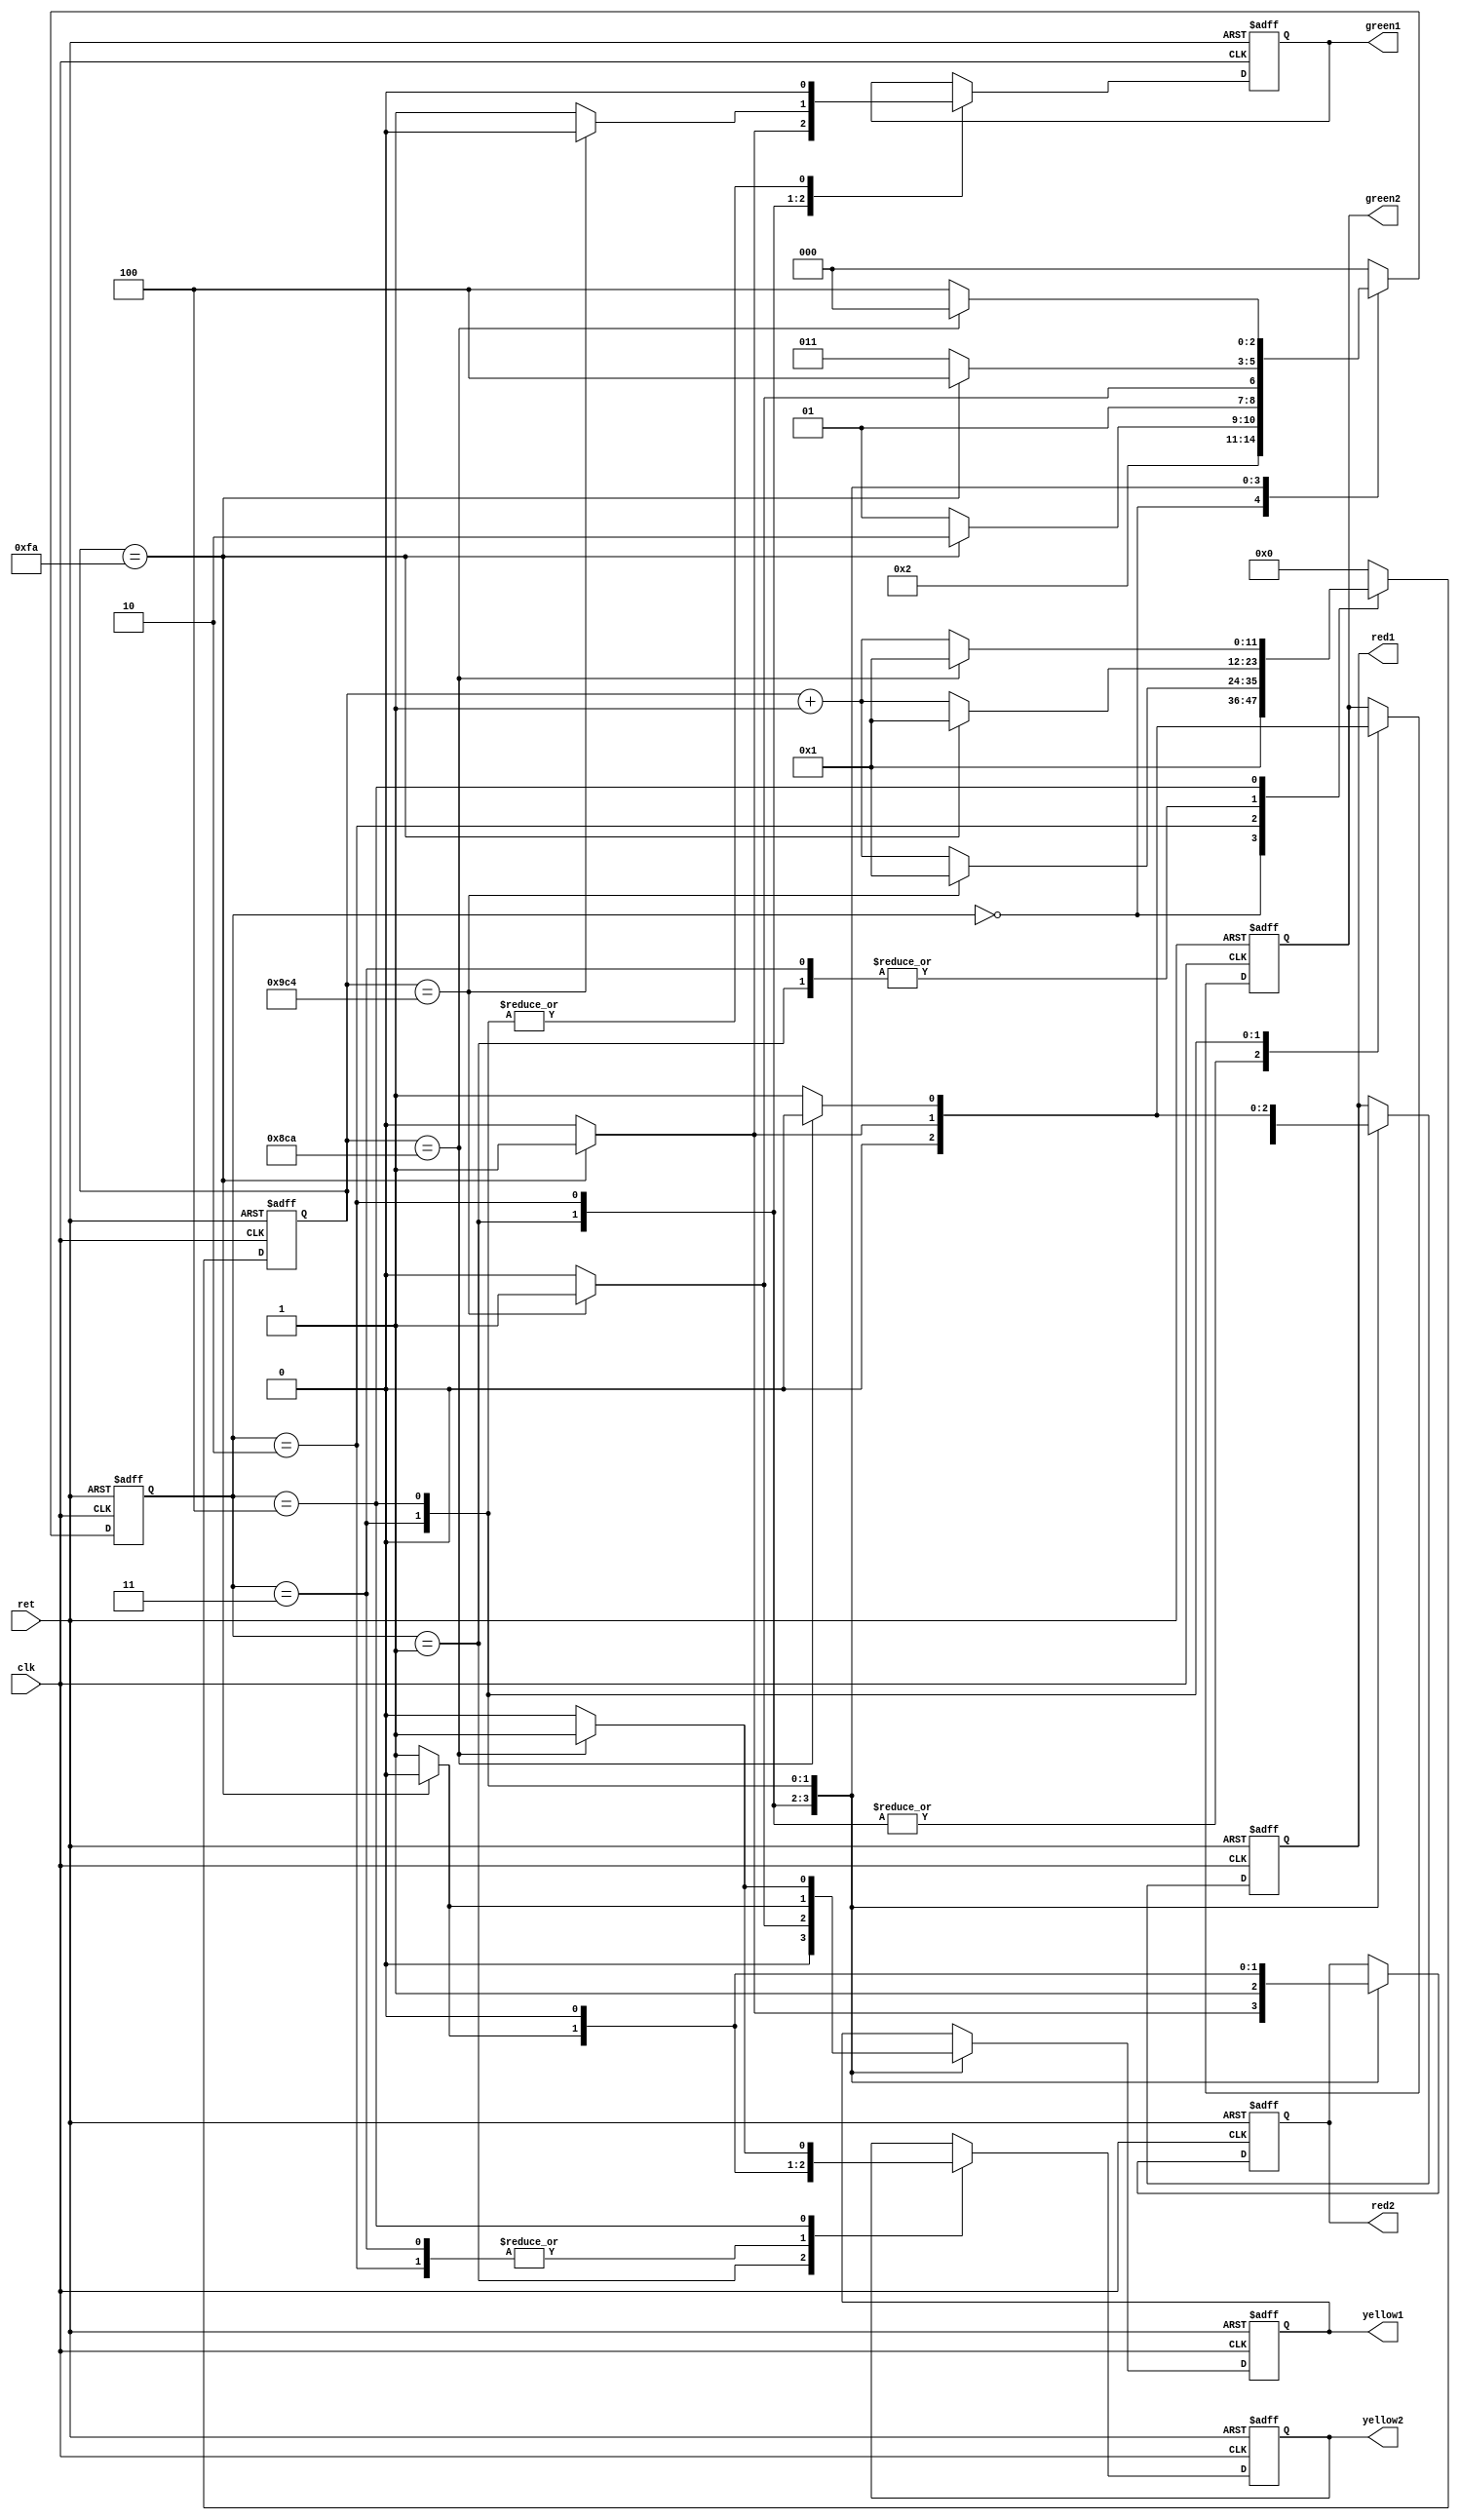
module traffic_light_control(clk,ret,red1,red2,yellow1,yellow2,green1,green2);

input clk;
input ret;
output red1,yellow1,green1;
reg red1,yellow1,green1;
output red2,yellow2,green2;
reg red2,yellow2,green2;
reg [11:0] count;
parameter Y1Y2=0,R1Y2=1,G1R2=2,Y1R2=3,R1G2=4;
parameter TimeR1Y2=250,TimeG1R2=2500,TimeY1R2=250,TimeR1G2=2250;
reg [2:0] state;
always@(posedge clk or posedge ret) begin
    if(ret) begin
	    state<=Y1Y2;
	    red1<=1'b0;red2<=1'b0;yellow1<=1'b1;yellow2<=1'b1;green1<=1'b0;green2<=1'b0;
	    count<=1'b0;
	    end
    else case(state)
		Y1Y2:begin state<=R1Y2;count<=1;end
		R1Y2:if(count==TimeR1Y2) 
		     begin state<=G1R2;
			  count<=1;
			  red1<=1'b0;red2<=1'b1;yellow1<=1'b0;yellow2<=1'b0;green1<=1'b1;green2<=1'b0;
			  end
		     else 
			  begin  
			  state<=R1Y2;
			  count<=count+1'b1;
			  red1<=1'b1;red2<=1'b0;yellow1<=1'b0;yellow2<=1'b1;green1<=1'b0;green2<=1'b0;
			  end
		G1R2:if(count==TimeG1R2) 
		     begin state<=Y1R2;
			  count<=1;
			  red1<=1'b0;red2<=1'b1;yellow1<=1'b1;yellow2<=1'b0;green1<=1'b0;green2<=1'b0;
			  end
		     else                
			  begin 
			  state<=G1R2;
			  count<=count+1'b1;
			  red1<=1'b0;red2<=1'b1;yellow1<=1'b0;yellow2<=1'b0;green1<=1'b1;green2<=1'b0;
			  end
		Y1R2:if(count==TimeY1R2) 
		     begin 
			  state<=R1G2;count<=1;
			  red1<=1'b1;red2<=1'b0;yellow1<=1'b0;yellow2<=1'b0;green1<=1'b0;green2<=1'b1;
			  end
		     else                
			  begin 
			  state<=Y1R2;
			  count<=count+1'b1;
			  red1<=1'b0;red2<=1'b1;yellow1<=1'b1;yellow2<=1'b0;green1<=1'b0;green2<=1'b0;
			  end
		R1G2:if(count==TimeR1G2)
		     begin 
			  state<=Y1Y2;count<=1;
			  red1<=1'b0;red2<=1'b0;yellow1<=1'b1;yellow2<=1'b1;green1<=1'b0;green2<=1'b0;
			  end
		     else                
			  begin 
			  state<=R1G2;
			  count<=count+1'b1;
			  red1<=1'b1;red2<=1'b0;yellow1<=1'b0;yellow2<=1'b0;green1<=1'b0;green2<=1'b1;
			  end
	        default:begin state<=Y1Y2;count<=0;end
	 endcase
		
    
end


endmodule